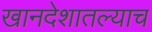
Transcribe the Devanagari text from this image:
खानदेशातल्याच